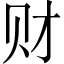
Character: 财